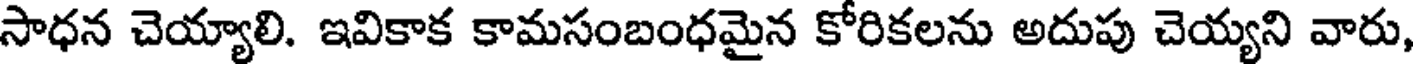
సాధన చెయ్యాలి. ఇవికాక కామసంబంధమైన కోరికలను అదుపు చెయ్యని వారు,